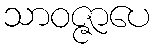
သာဝဇ္ဇာပေ